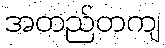
အတည်တကျ